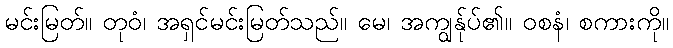
မင်းမြတ်။ တုဝံ၊ အရှင်မင်းမြတ်သည်။ မေ၊ အကျွန်ုပ်၏။ ဝစနံ၊ စကားကို။